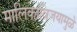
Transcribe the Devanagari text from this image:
मालिकाविजयामुळे